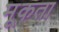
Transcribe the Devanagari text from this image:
मूकता